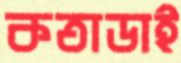
কতাডাই